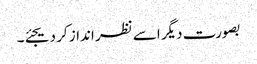
بصورت دیگر اسے نظر انداز کر دیجئے۔